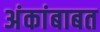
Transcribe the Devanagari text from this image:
अंकांबाबत